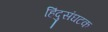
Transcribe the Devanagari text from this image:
हिंदुसंघटक